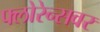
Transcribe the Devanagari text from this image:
फ्लोरेन्सवर